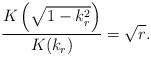
LaTeX: \begin{align*}\frac{K\left(\sqrt{1-k_r^2}\right)}{K(k_r)}=\sqrt{r}.\end{align*}